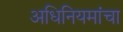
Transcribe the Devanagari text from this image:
अधिनियमांचा